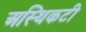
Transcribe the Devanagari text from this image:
अस्थिकटी